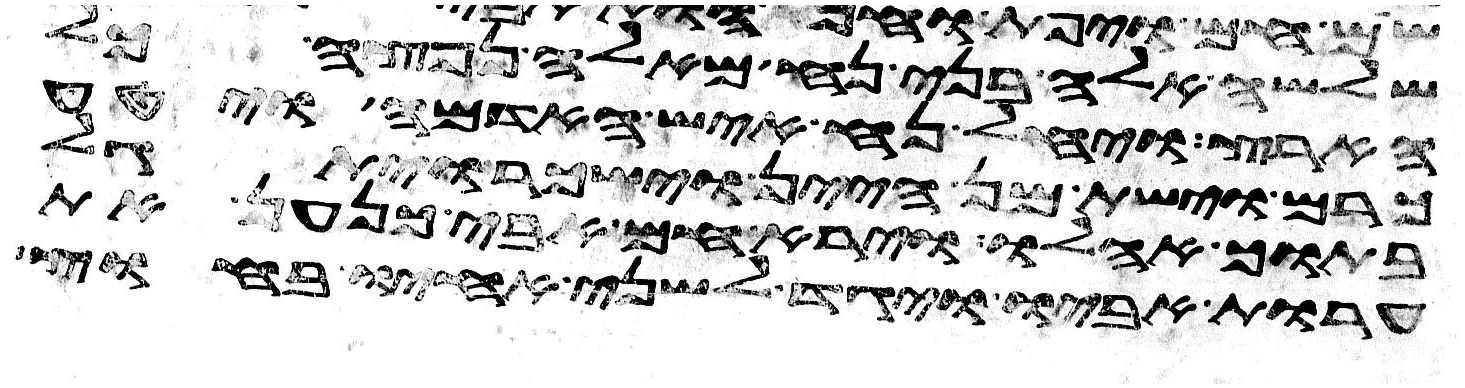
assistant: שלשה אלה בני נח מאלה נפצה כל
הארץ ויחל נח איש האדמה ויטע
כרם וישת מן היין וישכר ויתגל
בתוך אהלו וירא חם אבי כנען את
ערות אביו ויגד לשני אחיו בחוץ